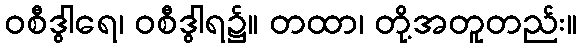
ဝစီဒွါရေ၊ ဝစီဒွါရ၌။ တထာ၊ တို့အတူတည်း။